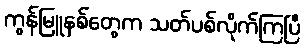
ကွန်မြူနစ်တွေက သတ်ပစ်လိုက်ကြပြီ